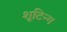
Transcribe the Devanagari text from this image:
शूटिन्ग